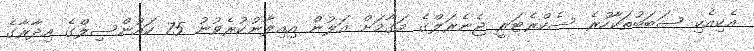
އެކިއެކި ސަބަބުތަކާހުރެ ސެކްރެޓަރީ ޖެނެރަލްގެ މަގާމަށް އަލުން އިއިލާނުކުރެވުނު 75 ކައުންސިލްގެ އިދާރާގެ